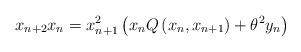
LaTeX: \begin{align*}x_{n+2}x_{n}=x_{n+1}^{2}\left( x_{n}Q\left( x_{n},x_{n+1}\right)+ \theta^2 y_n \right)\end{align*}